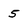
Character: 5